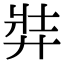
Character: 弉